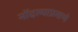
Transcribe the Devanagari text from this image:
नोंदल्याप्रमाणे